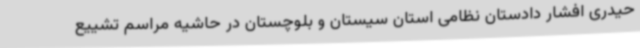
حیدری افشار دادستان نظامی استان سیستان و بلوچستان در حاشیه مراسم تشییع